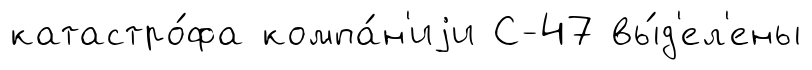
катастро́фа компа́н'иjи С-47 вы́д'ел'ены